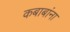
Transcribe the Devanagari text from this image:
कबाबांना